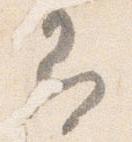
即